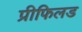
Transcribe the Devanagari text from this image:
प्रीफिलड